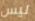
ليس